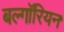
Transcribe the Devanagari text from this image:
बल्गॉरियन